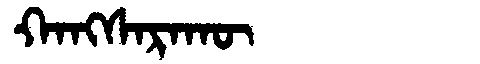
Manchu: ᡴᠠᠩᠰᠠᡵᠠᡴᡡ
Romanization: KANGSARAKŪ